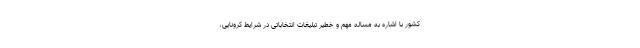
کشور با اشاره به مساله مهم و خطیر تبلیغات انتخاباتی در شرایط کرونایی،